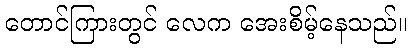
တောင်ကြားတွင် လေက အေးစိမ့်နေသည်။